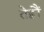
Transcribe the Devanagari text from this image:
तेह्रौं